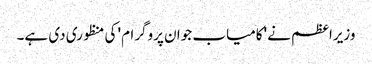
وزیراعظم نے 'کامیاب جوان پروگرام' کی منظوری دی ہے۔